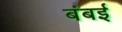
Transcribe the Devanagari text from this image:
बंबर्इ